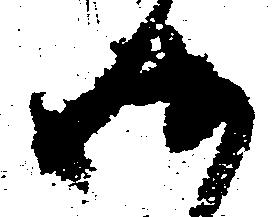
御